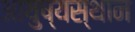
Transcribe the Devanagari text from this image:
आयुष्यस्थान